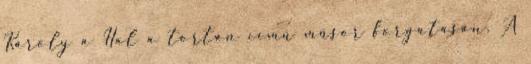
Károly a Hal a tortán című műsor forgatásán. A